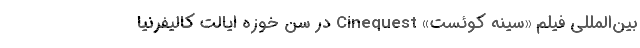
بین‌المللی فیلم «سینه کوئست» Cinequest در سن خوزه ایالت کالیفرنیا